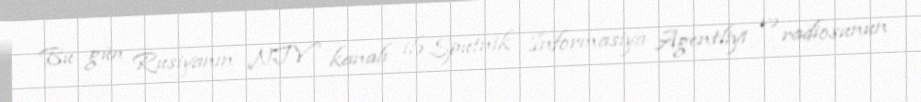
Bu gün Rusiyanın NTV kanalı ilə Sputnik İnformasiya Agentliyi və radiosunun